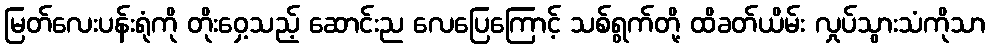
မြတ်လေးပန်းရုံကို တိုးဝှေ့သည့် ဆောင်းည လေပြေကြောင့် သစ်ရွက်တို့ ထိခတ်ယိမ်း လှုပ်သွားသံကိုသာ